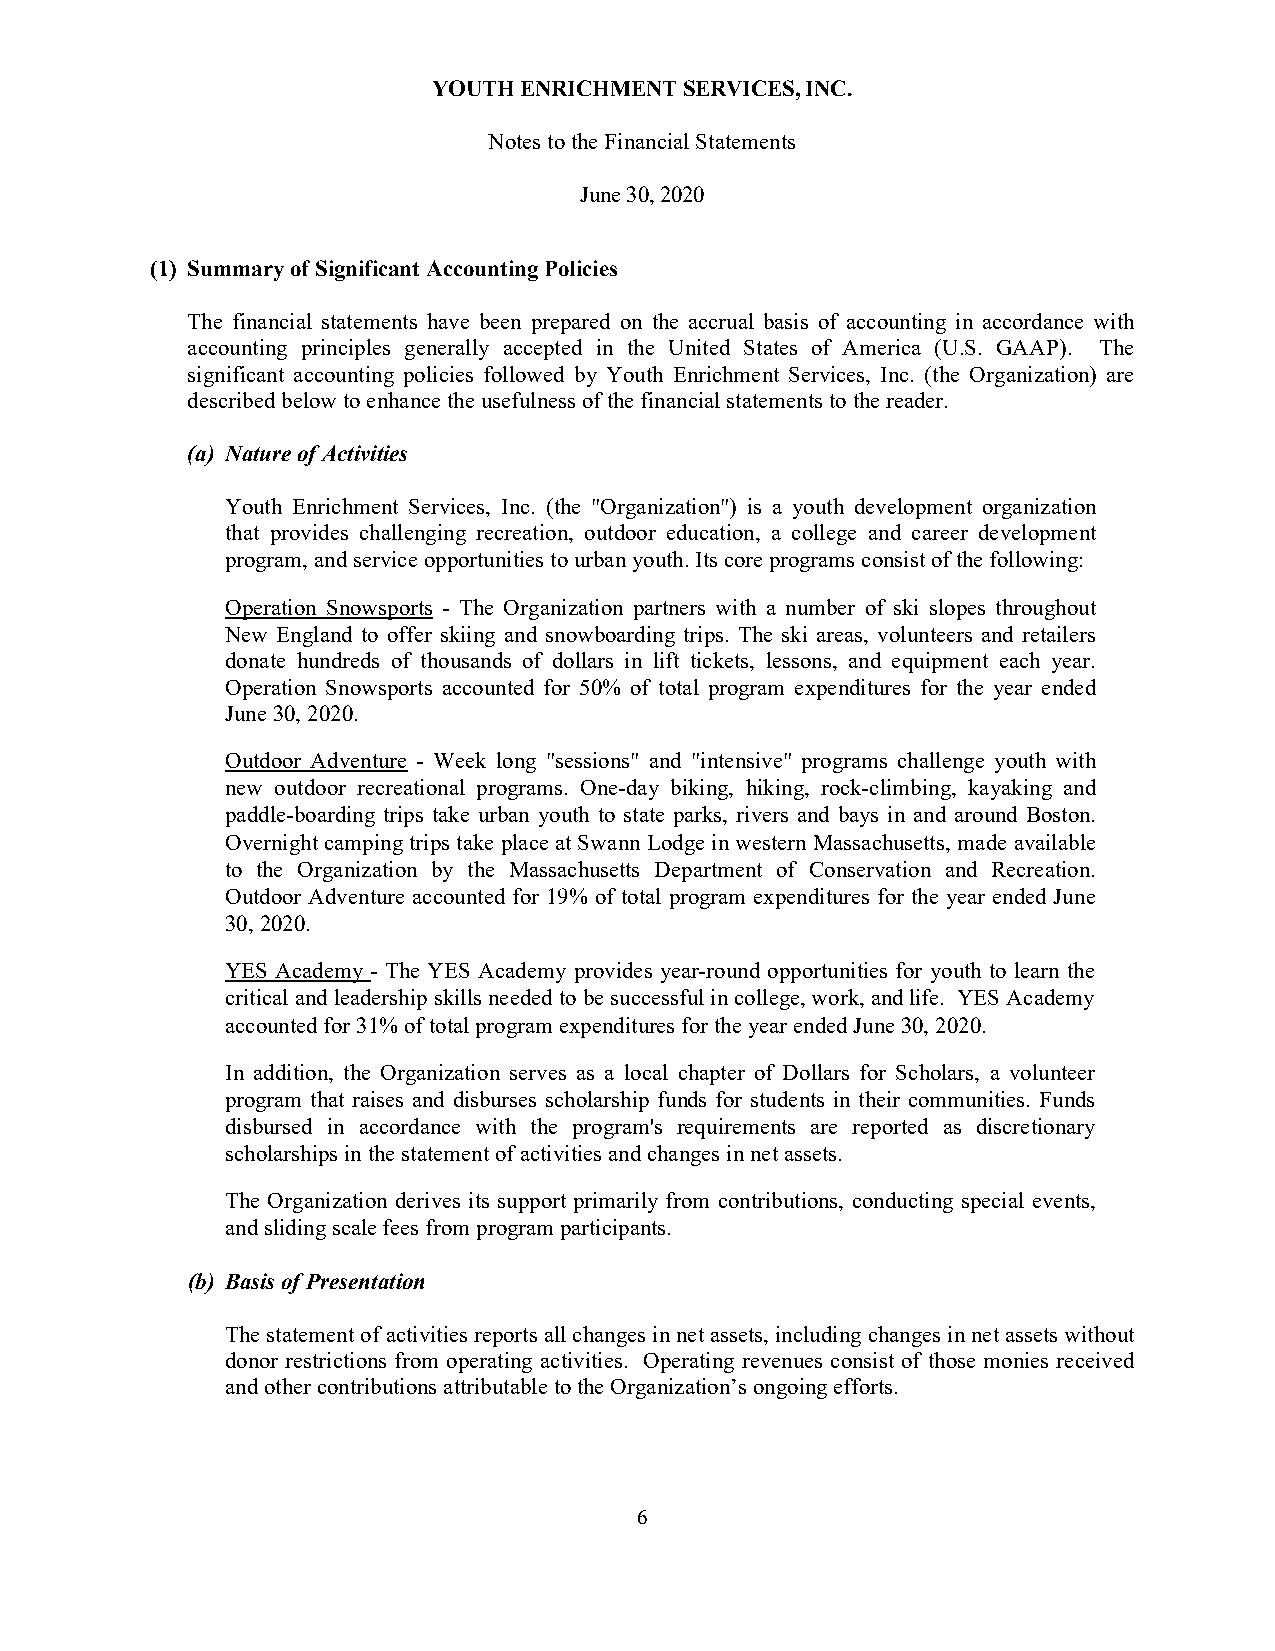
YOUTH ENRICHMENT SERVICES, INC.
 Notes to the Financial Statements
 June 30, 2020
 (1) Summary of Significant Accounting Policies
 The financial statements have been prepared on the accrual basis of accounting in accordance with
 accounting principles generally accepted in the United States of America (U.S. GAAP). The
 significant accounting policies followed by Youth Enrichment Services, Inc. (the Organization) are
 described below to enhance the usefulness of the financial statements to the reader.
 (a) Nature of Activities
 Youth Enrichment Services, Inc. (the "Organization") is a youth development organization
 that provides challenging recreation, outdoor education, a college and career development
 program, and service opportunities to urban youth. Its core programs consist of the following:
 Operation Snowsports - The Organization partners with a number of ski slopes throughout
 New England to offer skiing and snowboarding trips. The ski areas, volunteers and retailers
 donate hundreds of thousands of dollars in lift tickets, lessons, and equipment each year.
 Operation Snowsports accounted for 50% of total program expenditures for the year ended
 June 30, 2020.
 Outdoor Adventure - Week long "sessions" and "intensive" programs challenge youth with
 new outdoor recreational programs. One-day biking, hiking, rock-climbing, kayaking and
 paddle-boarding trips take urban youth to state parks, rivers and bays in and around Boston.
 Overnight camping trips take place at Swann Lodge in western Massachusetts, made available
 to the Organization by the Massachusetts Department of Conservation and Recreation.
 Outdoor Adventure accounted for 19% of total program expenditures for the year ended June
 30, 2020.
 YES Academy - The YES Academy provides year-round opportunities for youth to learn the
 critical and leadership skills needed to be successful in college, work, and life. YES Academy
 accounted for 31% of total program expenditures for the year ended June 30, 2020.
 In addition, the Organization serves as a local chapter of Dollars for Scholars, a volunteer
 program that raises and disburses scholarship funds for students in their communities. Funds
 disbursed in accordance with the program's requirements are reported as discretionary
 scholarships in the statement of activities and changes in net assets.
 The Organization derives its support primarily from contributions, conducting special events,
 and sliding scale fees from program participants.
 (b) Basis of Presentation
 The statement of activities reports all changes in net assets, including changes in net assets without
 donor restrictions from operating activities. Operating revenues consist of those monies received
 and other contributions attributable to the Organization’s ongoing efforts.
 6